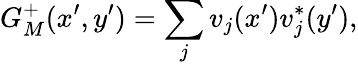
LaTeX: G_{M}^{+}(x^{\prime},y^{\prime})=\sum_{j}v_{j}(x^{\prime})v_{j}^{*}(y^{\prime}),